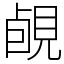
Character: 䚃